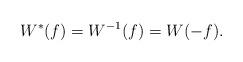
LaTeX: \begin{align*}W^*(f) = W^{-1}(f) = W(-f).\end{align*}